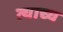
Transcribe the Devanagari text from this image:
त्याच्य